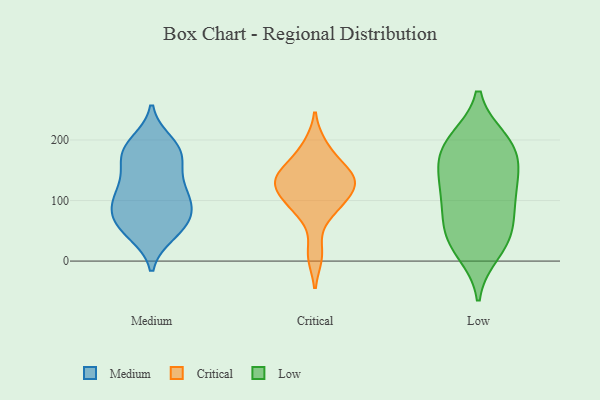
{"axis": {"x": "Market Share (%)", "y": "Value"}, "legend": ["Critical", "Low", "Medium"], "data": [{"x": "", "y": 109, "type": "Medium"}, {"x": "", "y": 133, "type": "Medium"}, {"x": "", "y": 46, "type": "Medium"}, {"x": "", "y": 78, "type": "Medium"}, {"x": "", "y": 50, "type": "Medium"}, {"x": "", "y": 183, "type": "Medium"}, {"x": "", "y": 195, "type": "Medium"}, {"x": "", "y": 104, "type": "Medium"}, {"x": "", "y": 100, "type": "Medium"}, {"x": "", "y": 75, "type": "Medium"}, {"x": "", "y": 64, "type": "Medium"}, {"x": "", "y": 146, "type": "Medium"}, {"x": "", "y": 177, "type": "Medium"}, {"x": "", "y": 180, "type": "Medium"}, {"x": "", "y": 105, "type": "Medium"}, {"x": "", "y": 178, "type": "Medium"}, {"x": "", "y": 58, "type": "Medium"}, {"x": "", "y": 10, "type": "Critical"}, {"x": "", "y": 86, "type": "Critical"}, {"x": "", "y": 191, "type": "Critical"}, {"x": "", "y": 160, "type": "Critical"}, {"x": "", "y": 141, "type": "Critical"}, {"x": "", "y": 117, "type": "Critical"}, {"x": "", "y": 128, "type": "Critical"}, {"x": "", "y": 142, "type": "Critical"}, {"x": "", "y": 122, "type": "Critical"}, {"x": "", "y": 87, "type": "Critical"}, {"x": "", "y": 166, "type": "Low"}, {"x": "", "y": 40, "type": "Low"}, {"x": "", "y": 149, "type": "Low"}, {"x": "", "y": 45, "type": "Low"}, {"x": "", "y": 200, "type": "Low"}, {"x": "", "y": 176, "type": "Low"}, {"x": "", "y": 15, "type": "Low"}, {"x": "", "y": 72, "type": "Low"}, {"x": "", "y": 112, "type": "Low"}, {"x": "", "y": 200, "type": "Low"}, {"x": "", "y": 133, "type": "Low"}, {"x": "", "y": 87, "type": "Low"}, {"x": "", "y": 29, "type": "Low"}, {"x": "", "y": 193, "type": "Low"}, {"x": "", "y": 113, "type": "Low"}]}